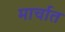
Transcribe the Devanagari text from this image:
मार्चात